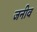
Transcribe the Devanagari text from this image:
जनीव